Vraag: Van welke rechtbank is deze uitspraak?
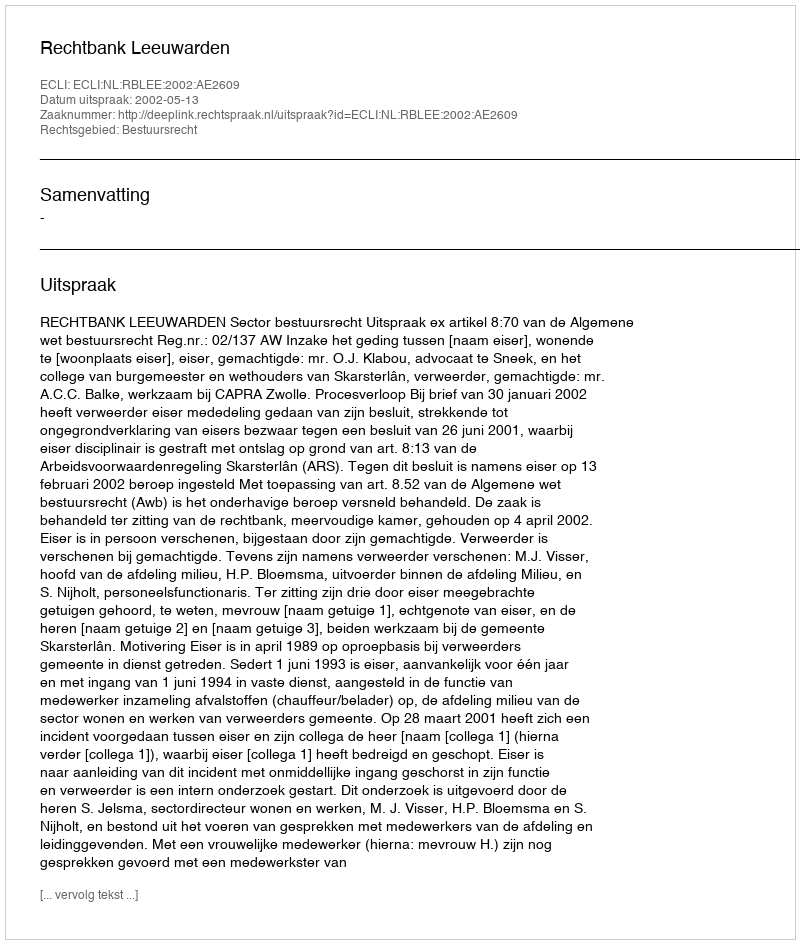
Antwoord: Rechtbank Leeuwarden